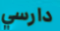
دارسي